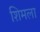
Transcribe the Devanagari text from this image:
शिमला